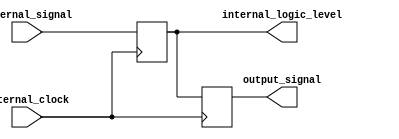
module ECL_Buffer (
    input wire external_signal,
    input wire internal_clock,
    output reg internal_logic_level,
    output reg output_signal
);

// Input buffer converting external ECL signal to internal logic level
always @ (posedge internal_clock)
begin
    internal_logic_level <= external_signal;
end

// Output buffer converting internal logic level to ECL signal for output
always @ (posedge internal_clock)
begin
    output_signal <= internal_logic_level;
end

endmodule